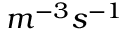
m ^ { - 3 } s ^ { - 1 }